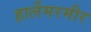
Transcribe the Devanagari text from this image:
हार्लेमरमीर